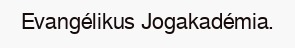
Evangélikus Jogakadémia.